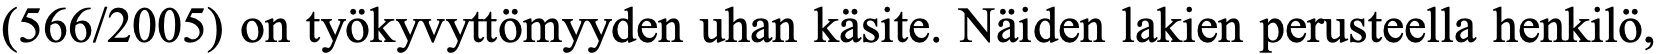
(566/2005) on työkyvyttömyyden uhan käsite. Näiden lakien perusteella henkilö,